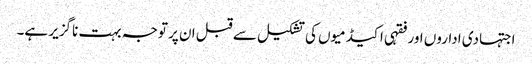
اجتہادی اداروں اور فقہی اکیڈمیوں کی تشکیل سے قبل ان پر توجہ بہت ناگزیر ہے۔